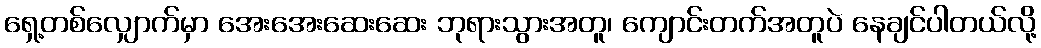
ရှေ့တစ်လျှောက်မှာ အေးအေးဆေးဆေး ဘုရားသွားအတူ၊ ကျောင်းတက်အတူပဲ နေချင်ပါတယ်လို့